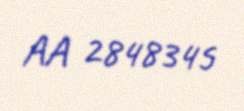
AA 2848345